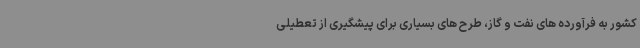
کشور به فرآورده های نفت و گاز، طرح های بسیاری برای پیشگیری از تعطیلی